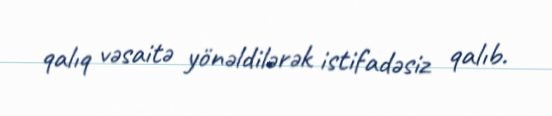
qalıq vəsaitə yönəldilərək istifadəsiz qalıb.